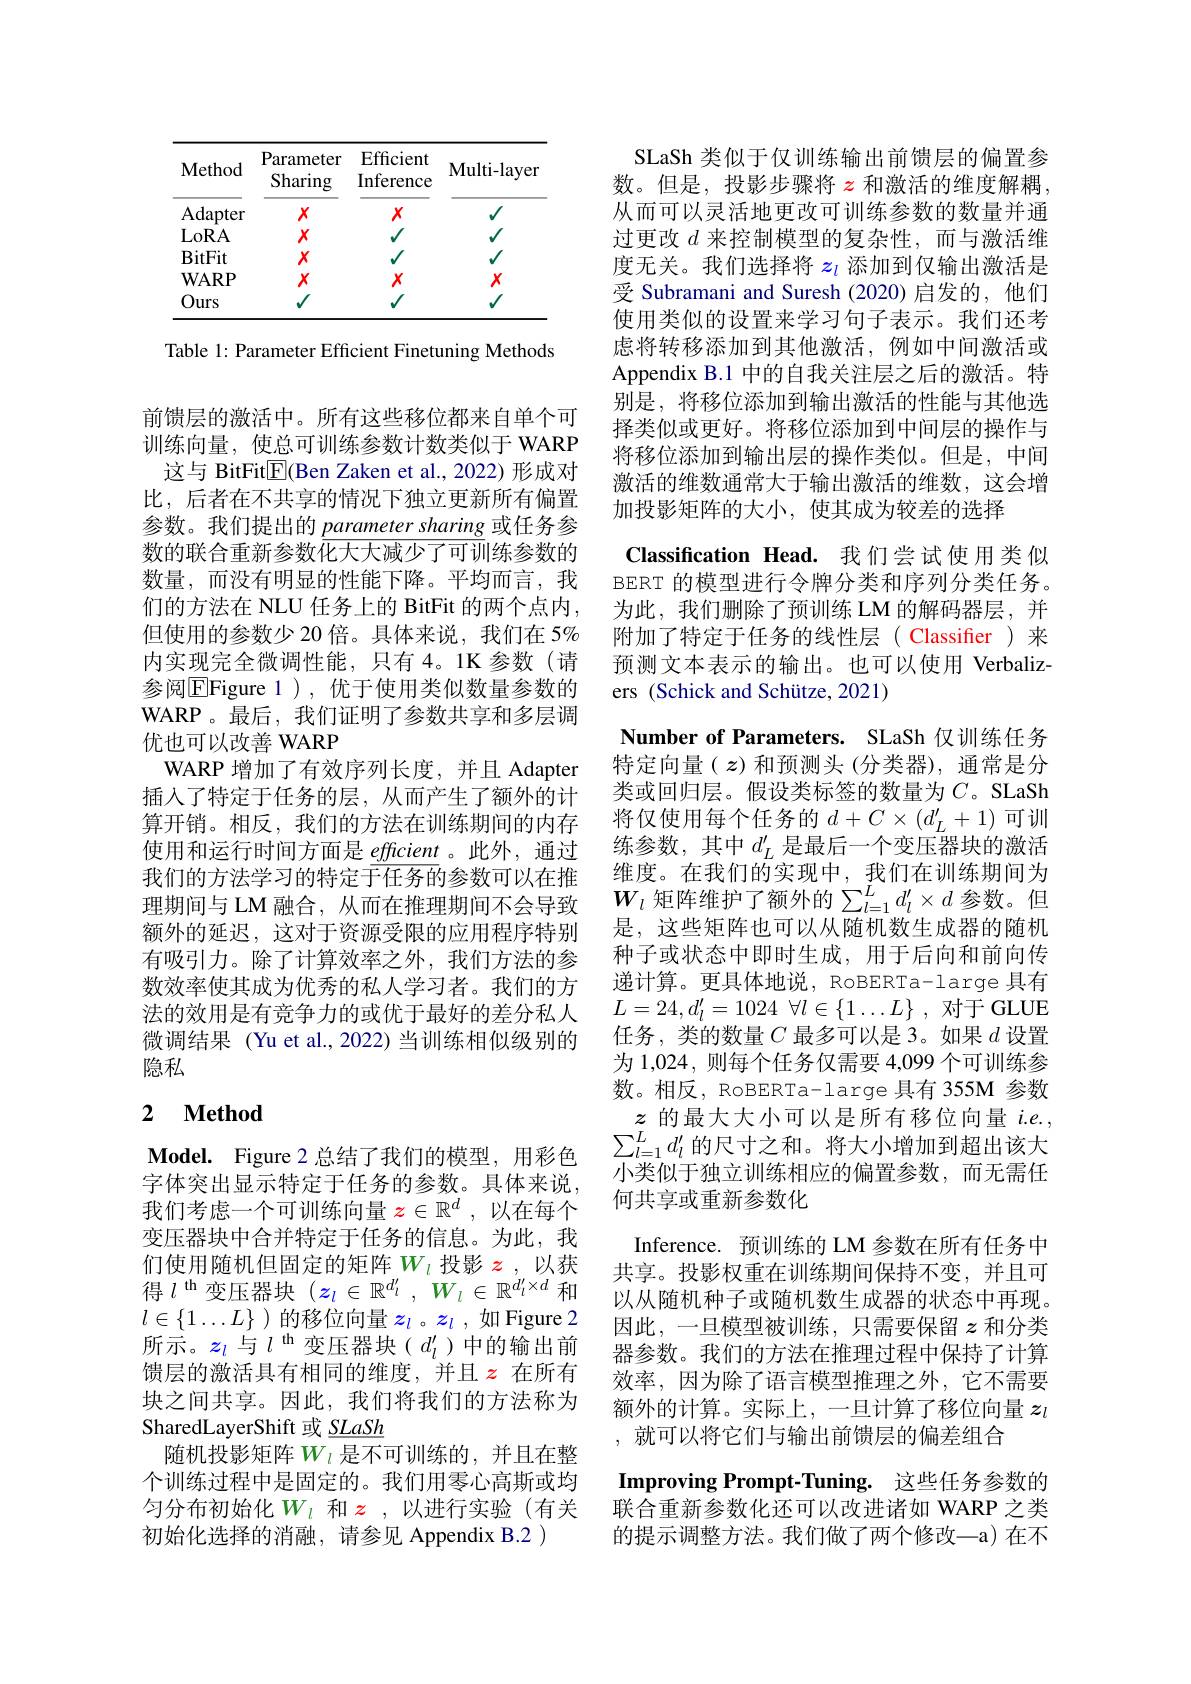
<table>
	<tbody>
		<tr>
			<th>Method</th>
			<th>Parameter Sharing</th>
			<th>Efficient Inference</th>
			<th>Multi-layer</th>
		</tr>
		<tr>
			<td>Ours</td>
			<td>V</td>
			<td>$V$</td>
			<td>$\sqrt{1}$</td>
		</tr>
	</tbody>
</table>

Table 1: Parameter Efficient Finetuning Methods

前馈层的激活中。所有这些移位都来自单个可训练向量，使总可训练参数计数类似于 WARP 这与 BitFit$\boxed{\mathrm{E}}($Ben Zaken et al.,2022)形成对比，后者在不共享的情况下独立更新所有偏置参数。我们提出的 parameter sharing 或任务参数的联合重新参数$\overline\text{化大大减少了可训练参数的}$ 数量，而没有明显的性能下降。平均而言，我们的方法在 NLU 任务上的 BitFit 的两个点内， 但使用的参数少 20 倍。具体来说，我们在 5% 内实现完全微调性能，只有 4。1K 参数(请参阅$\overline{\mathrm{E}}$Figure 1),优于使用类似数量参数的WARP。最后，我们证明了参数共享和多层调优也可以改善 WARP
WARP 增加了有效序列长度，并且 Adapter 插入了特定于任务的层，从而产生了额外的计算开销。相反，我们的方法在训练期间的内存使用和运行时间方面是 efficient 。此外，通过我们的方法学习的特定于任务的参数可以在推理期间与 LM 融合，从而在推理期间不会导致额外的延迟，这对于资源受限的应用程序特别有吸引力。除了计算效率之外，我们方法的参数效率使其成为优秀的私人学习者。我们的方法的效用是有竞争力的或优于最好的差分私人微调结果 (Yu et al., 2022) 当训练相似级别的隐私

## 2 $\textbf{Method}$

Model. Figure 2 总结了我们的模型，用彩色字体突出显示特定于任务的参数。具体来说， 我们考虑一个可训练向量$z\in\mathbb{R}^d$,以在每个变压器块中合并特定于任务的信息。为此，我们使用随机但固定的矩阵$W_l$投影$z$ ,以获得$l^\mathrm{th}$变压器块$(z_l\in\mathbb{R}^{d_l^{\prime}},W_l\in\mathbb{R}^{d_l^{\prime}\times d}$和$l\in\{1\ldots L\}$ )的移位向量$z_l$ 。$z_l$ ,如 Figure 2所示。$z_l$与$l^\mathrm{th}$变压器块($d_l^\prime$)中的输出前馈层的激活具有相同的维度，并且$z$在所有块之间共享。因此，我们将我们的方法称为SharedLayerShift 或$\underline{SLaSh}$
随机投影矩阵$W_l$是不可训练的，并且在整个训练过程中是固定的。我们用零心高斯或均匀分布初始化$W_l$ 和 $z$ ,以进行实验(有关初始化选择的消融，请参见 Appendix B.2 )

SLaSh 类似于仅训练输出前馈层的偏置参数。但是，投影步骤将$\color{red}{z}$和激活的维度解耦从而可以灵活地更改可训练参数的数量并通过更改$d$ 来控制模型的复杂性，而与激活维度无关。我们选择将$z_l$添加到仅输出激活是受 Subramani and Suresh (2020)启发的，他们使用类似的设置来学习句子表示。我们还考虑将转移添加到其他激活，例如中间激活或Appendix B.1 中的自我关注层之后的激活。特别是，将移位添加到输出激活的性能与其他选择类似或更好。将移位添加到中间层的操作与将移位添加到输出层的操作类似。但是，中间激活的维数通常大于输出激活的维数，这会增加投影矩阵的大小，使其成为较差的选择

Classification Head. 我们尝试使用类似BERT 的模型进行令牌分类和序列分类任务。为此，我们删除了预训练 LM 的解码器层，并附加了特定于任务的线性层( Classifier)来预测文本表示的输出。也可以使用 Verbalizers (Schick and Schütze, 2021)
Number of Parameters. SLaSh 仅训练任务特定向量( $z$)和预测头(分类器),通常是分类或回归层。假设类标签的数量为$C$。SLaSh 将仅使用每个任务的$d+C\times(d_L^{\prime}+1)$可训练参数，其中$d_L^\prime$是最后一个变压器块的激活维度。在我们的实现中，我们在训练期间为$W_l$矩阵维护了额外的$\sum_l=1^Ld_l^{\prime}\times d$参数。但是，这些矩阵也可以从随机数生成器的随机种子或状态中即时生成，用于后向和前向传递计算。更具体地说，RoBERTa-large 具有$L= 24, d_l^{\prime }= 1024$ $\forall l\in \{ 1\ldots L\}$ , 对于 GLUE 任务，类的数量$C$最多可以是 3。如果$d$设置为 1,024, 则每个任务仅需要 4,099 个可训练参数。相反，RoBERTa-large 具有 355M 参数$z$的最大大小可以是所有移位向量$i.e.$,
$\sum_{l=1}^Ld_l^{\prime}$的尺寸之和。将大小增加到超出该大小类似于独立训练相应的偏置参数，而无需任何共享或重新参数化
Inference. 预训练的 LM 参数在所有任务中共享。投影权重在训练期间保持不变，并且可以从随机种子或随机数生成器的状态中再现。因此，一旦模型被训练，只需要保留$z$和分类器参数。我们的方法在推理过程中保持了计算效率，因为除了语言模型推理之外，它不需要额外的计算。实际上，一旦计算了移位向量$z_l$ ,就可以将它们与输出前馈层的偏差组合
Improving Prompt-Tuning. 这些任务参数的联合重新参数化还可以改进诸如 WARP 之类的提示调整方法。我们做了两个修改—a)在不